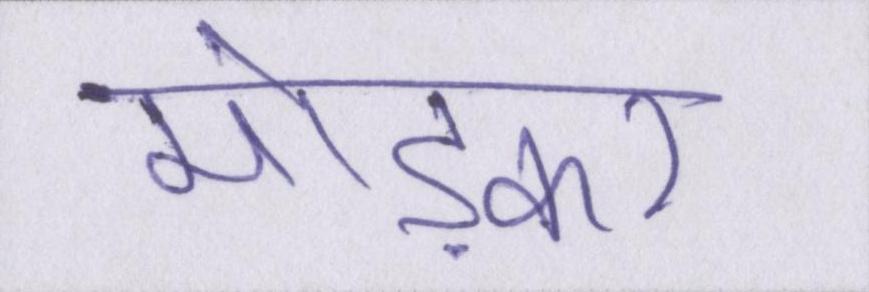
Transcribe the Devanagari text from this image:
मोड़कर